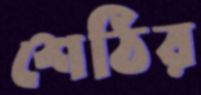
শেঠির